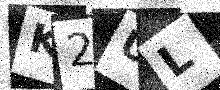
Text: K2UL